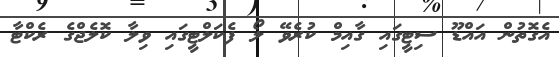
އެގޮތުން އައްޑޫ ސިޓީގައި ގާއިމް ކުރެވޭ ލޯ ފެކަލްޓީގައި ވިލާ ކޮލެޖްގެ ރެކްޓާ